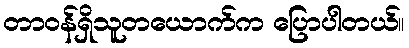
တာဝန်ရှိသူတယောက်က ပြောပါတယ်။